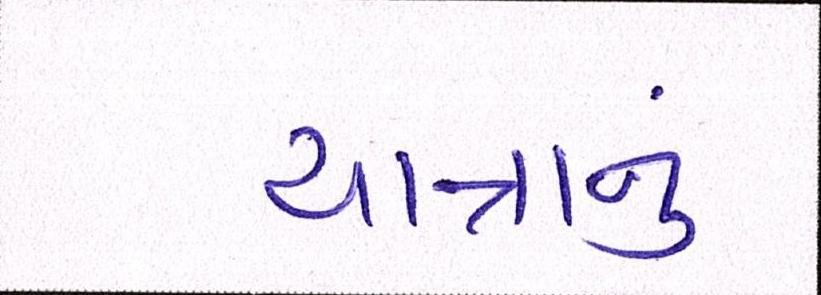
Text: યાત્રાનું